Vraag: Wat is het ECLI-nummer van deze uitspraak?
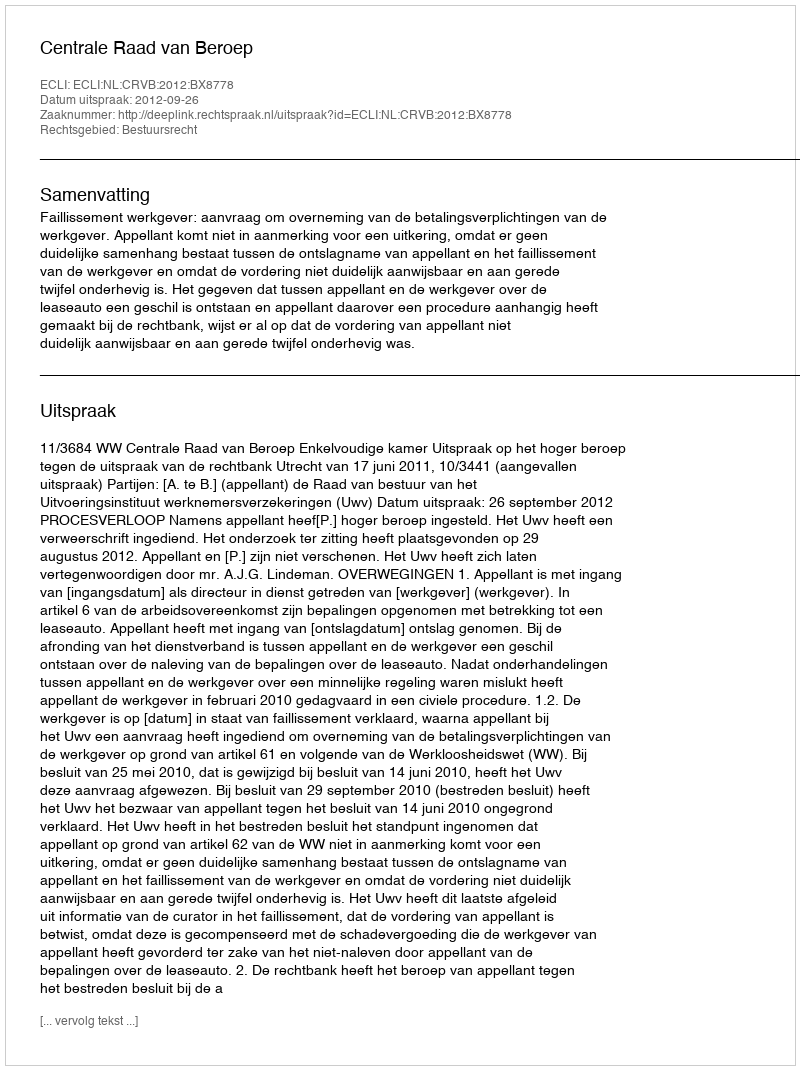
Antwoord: ECLI:NL:CRVB:2012:BX8778